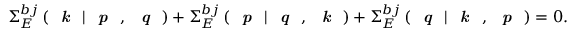
\Sigma _ { E } ^ { b j } \left( \textit { \textbf { k } } | \textit { \textbf { p } } , \textit { \textbf { q } } \right) + \Sigma _ { E } ^ { b j } \left( \textit { \textbf { p } } | \textit { \textbf { q } } , \textit { \textbf { k } } \right) + \Sigma _ { E } ^ { b j } \left( \textit { \textbf { q } } | \textit { \textbf { k } } , \textit { \textbf { p } } \right) = 0 .